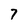
Character: 7